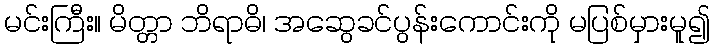
မင်းကြီး။ မိတ္တာ ဘိရာဓိ၊ အဆွေခင်ပွန်းကောင်းကို မပြစ်မှားမူ၍